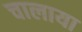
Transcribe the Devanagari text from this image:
चालाया